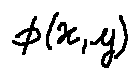
\phi ( x , y )